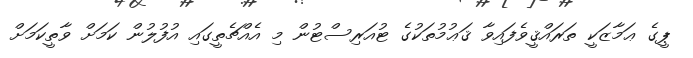
ޕީގެ ޢަމާޒަކީ ތަރައްޤީވެފައިވާ ޤަޢުމުތަކުގެ ޓުއަރިސްޓުން މި އެއްޗެތީގައި އުފުލުން ކަމަށް ވާތީކަމަށް